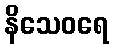
နိသေဝရေ